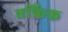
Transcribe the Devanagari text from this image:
एफ्रिक